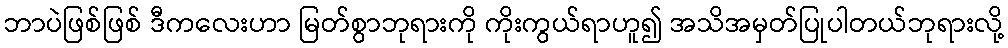
ဘာပဲဖြစ်ဖြစ် ဒီကလေးဟာ မြတ်စွာဘုရားကို ကိုးကွယ်ရာဟူ၍ အသိအမှတ်ပြုပါတယ်ဘုရားလို့